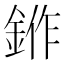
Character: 𬫛